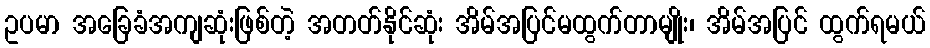
ဥပမာ အခြေခံအကျဆုံးဖြစ်တဲ့ အတတ်နိုင်ဆုံး အိမ်အပြင်မထွက်တာမျိုး၊ အိမ်အပြင် ထွက်ရမယ်